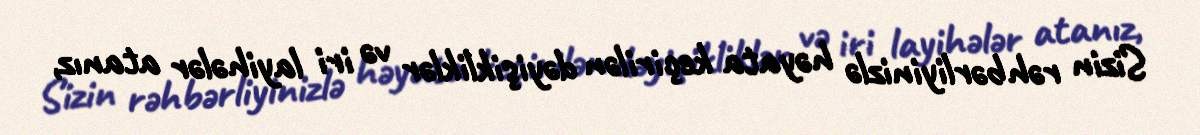
Sizin rəhbərliyinizlə həyata keçirilən dəyişikliklər və iri layihələr atanız,